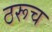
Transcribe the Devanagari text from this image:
ठरूच